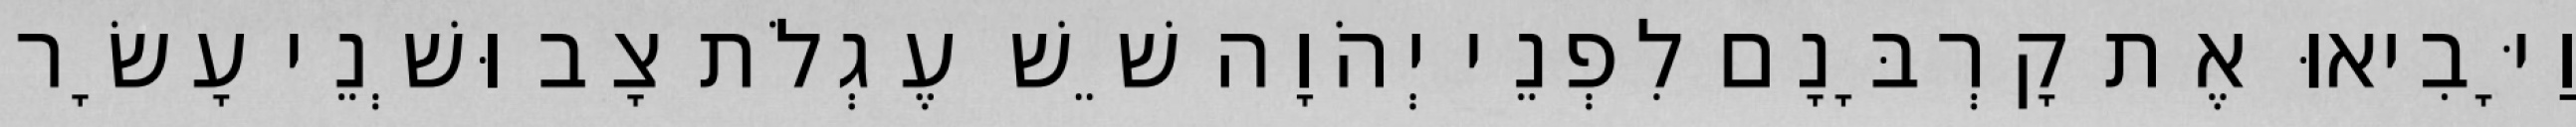
וַיָּבִיאוּ אֶת קָרְבָּנָם לִפְנֵי יְהֹוָה שֵׁשׁ עֶגְלֹת צָב וּשְׁנֵי עָשָׂר